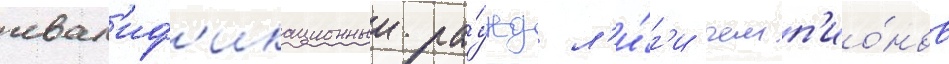
квал'иф'икационныи ра́унд л'и́г'и чемп'ио́нов